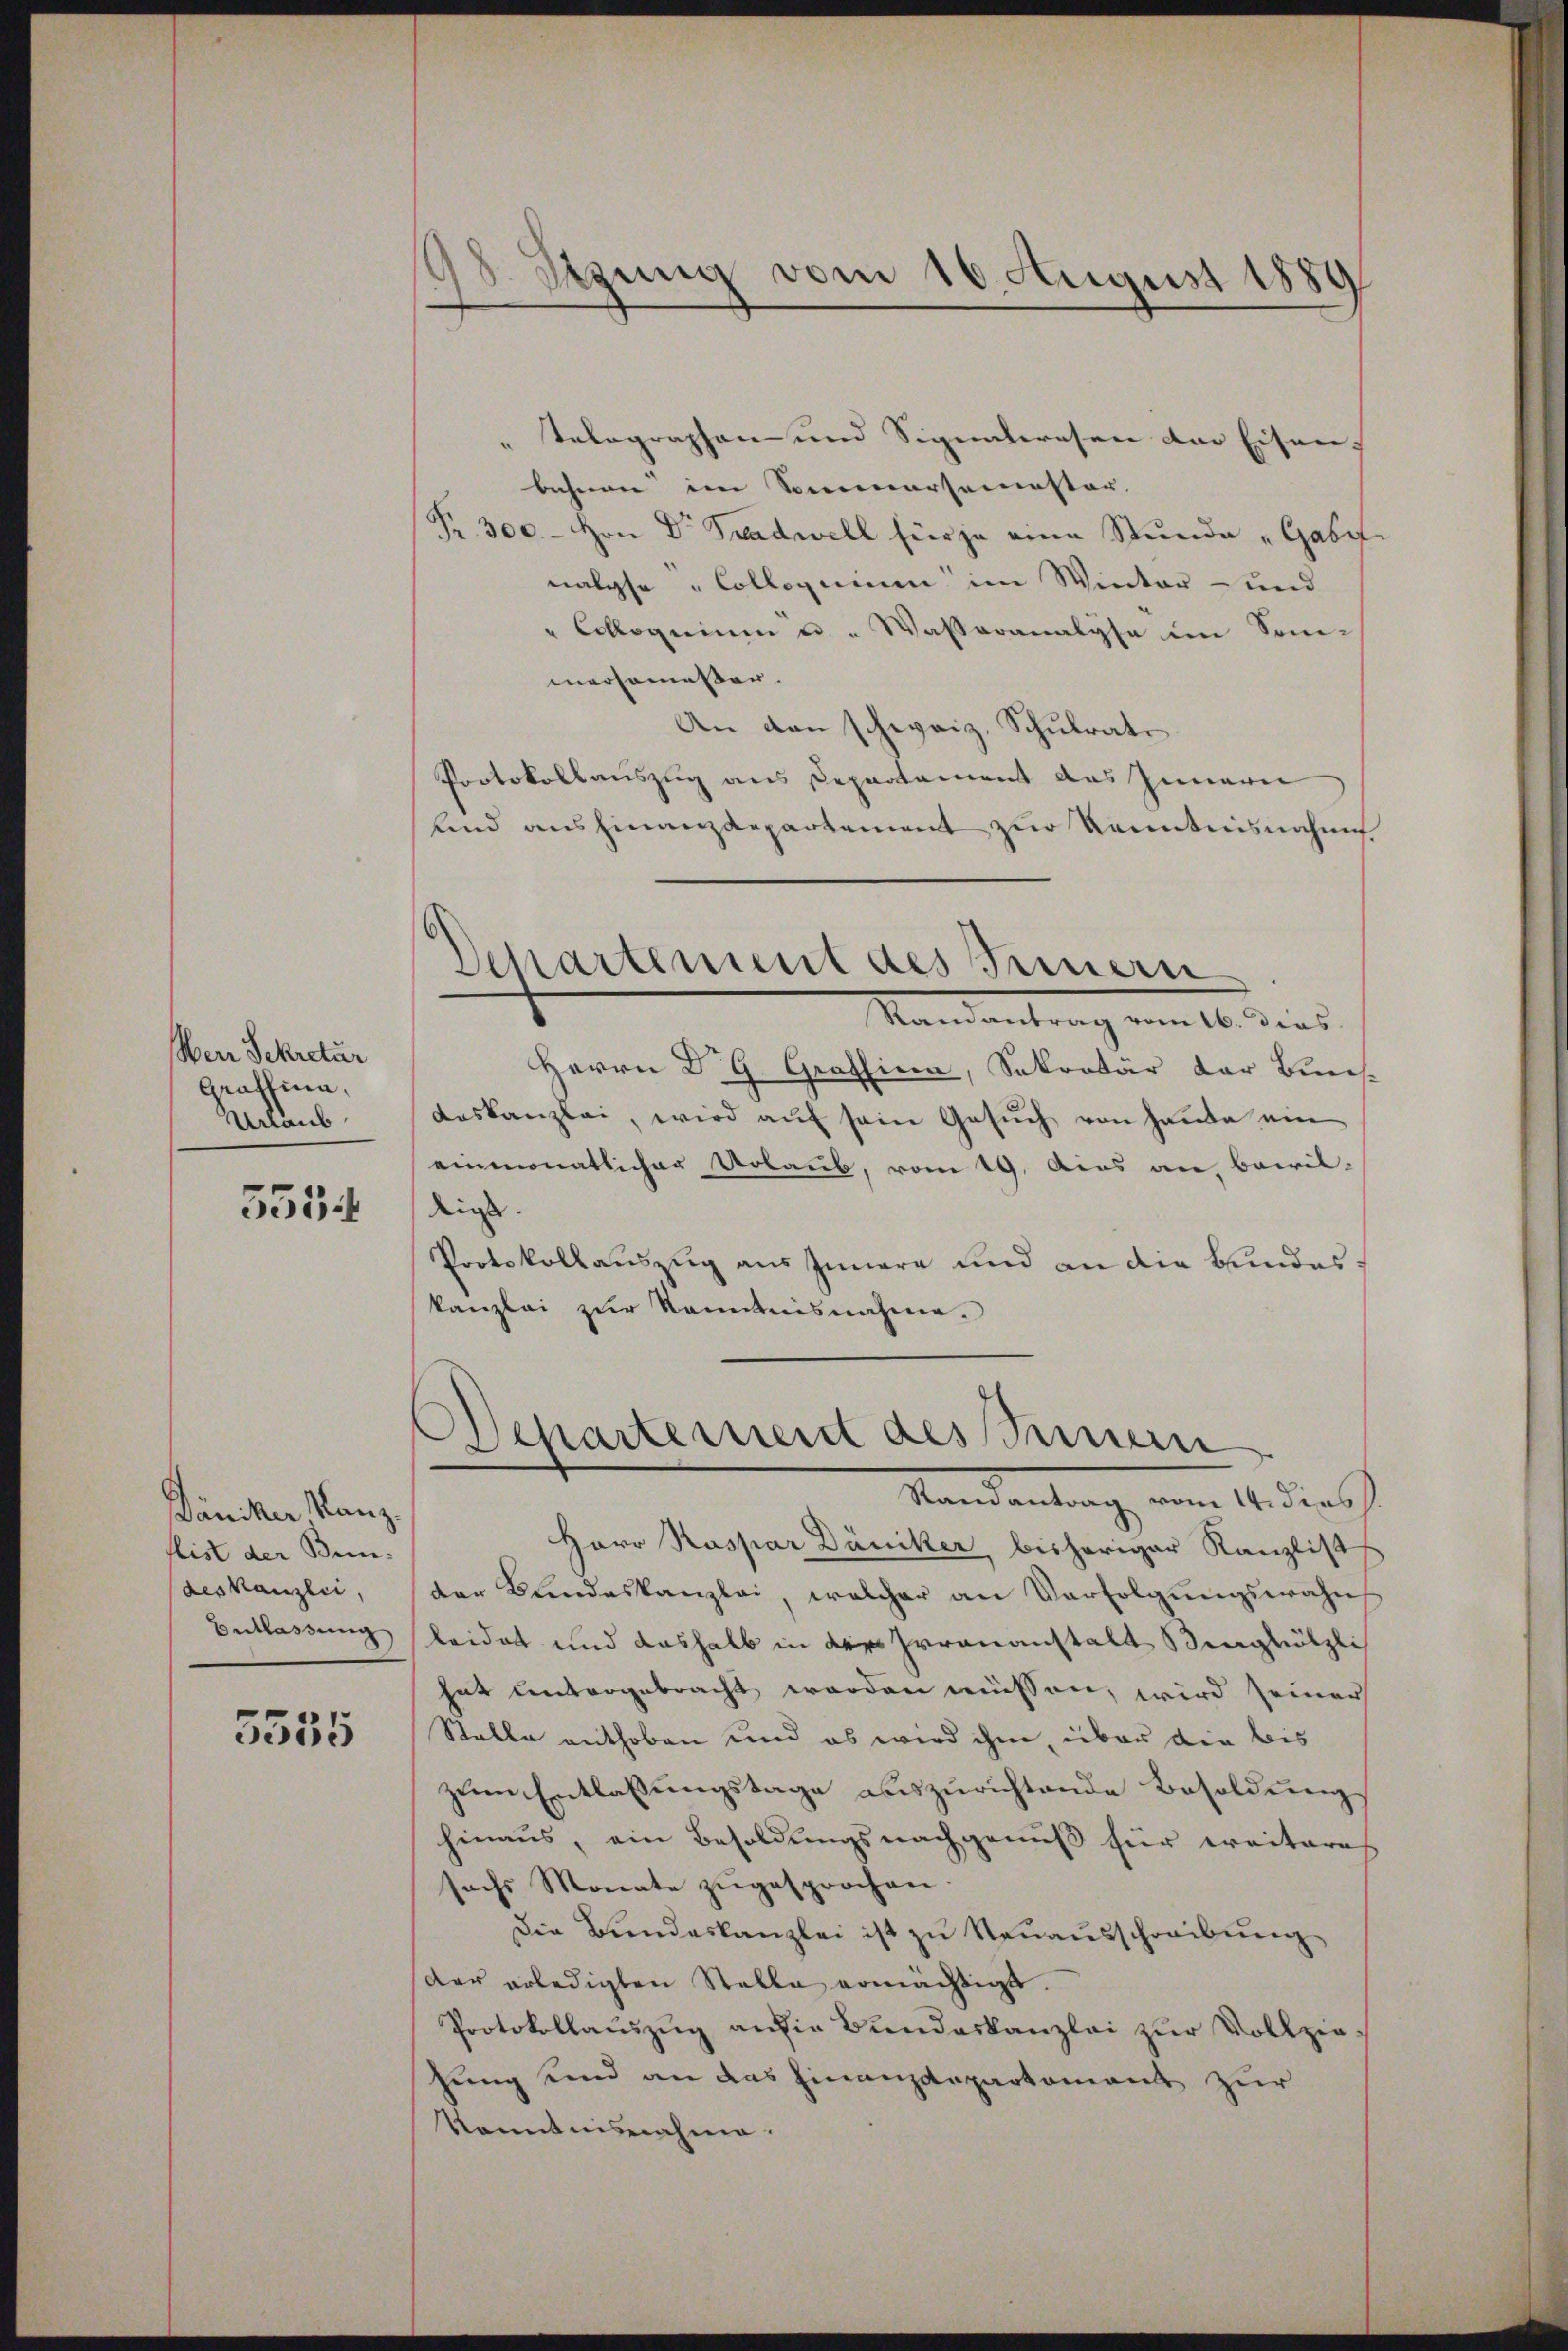
Werr Sekretär
Graffina,
Urlaub

555

Däniker Kanz.
ist der Bun-
deskanzlei,
Entlassung

5555

8 Stzung vom 16. August 1880

" telegraphen und Signatwesen der Eisen,
bahnen im Sommersemester.
Pr. 300.- Hrn Dr Tradwell hier ja eine Stunde „Gabit
nalyse „Collegium im Winter und
" Colloquium u. Wassaranalyse im Son-
mersemesser.
An den schweiz. Schulrate
Protokollauszug aus Departement das Innern
fend ausfinanzdepartement zur Kenntnisnahme
Randantrag vom 16. dies.
Herrn D. G. Grafsina, Sekretär der Bun
deskanzlei, wird aŭf sein Gesŭch von Hande ein
einmonatlicher Urlaub, vom 19. Acas die bewil-
digs
Protokollauszug aus Innern und an die Bundes
kanzlei zur Kenntnisnahme.
Departement des Innern
Vandantrag, vom 14. dersch
Herr Kaspar Däniker, bisheriger Kanzlist
der Bundeskanzlei, welcher an Verfolgŭngswahn
leidet und deshalb in die Irrenanstalt singhölzli
hat untergebracht worden müssen, wird seiner
Stelle enthoben und es wird ihm, über die bis
zum Entlassungstage auszurichtende Besoldung
hinaus, ein Besoldungsnachgenuß für weiteres
sechs Monate zŭgesprochen
Die Brendeskanzlei ist zu Neŭaŭsschreibŭng
der erledigten Stelle ermächtigt.
Protokollaŭszŭg an die Bundeskanzlei zŭr Vollziehung und an das Finanzdepartement zur
Kenntnisnahme.

Departement des Innern